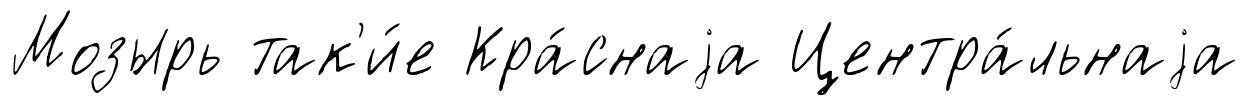
Мозырь так'и́е Кра́снаjа Центра́льнаjа